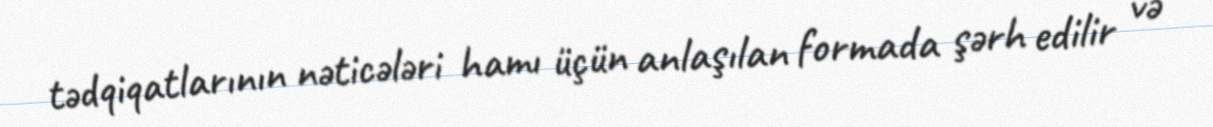
tədqiqatlarının nəticələri hamı üçün anlaşılan formada şərh edilir və